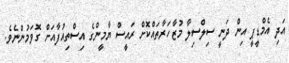
އަދި އެމްޑީޕީ އިން ދަނީ ސިލްސިލާ މުޒާހަރާތައްކޮށް ރައީސް ޔާމީންގެ އިސްތިއުފާއަށް ގޮވަމުންނެވެ.